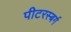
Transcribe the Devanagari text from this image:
पीटरस्बर्ग